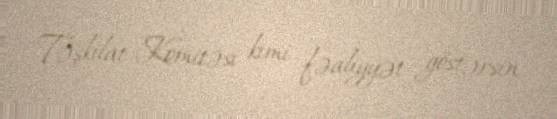
Təşkilat Komitəsi kimi fəaliyyət göstərsin.